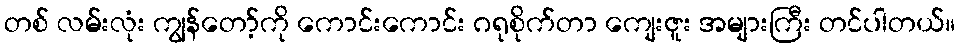
တစ် လမ်းလုံး ကျွန်တော့်ကို ကောင်းကောင်း ဂရုစိုက်တာ ကျေးဇူး အများကြီး တင်ပါတယ်။